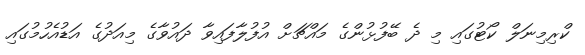
ކްރިމިނަލް ކޯޓުގައި މި ދެ ބޭފުޅުންގެ މައްޗަށް އުފުލާފައިވާ ދައުވާގެ މިއަދުގެ އަޑުއެހުމުގައި